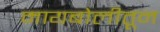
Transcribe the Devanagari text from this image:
मायबोलीतून